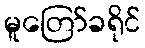
မူတြော်ခရိုင်